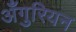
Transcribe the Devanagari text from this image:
अँगुरियन